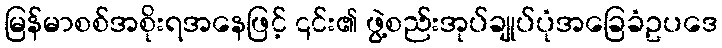
မြန်မာစစ်အစိုးရအနေဖြင့် ၎င်း၏ ဖွဲ့စည်းအုပ်ချုပ်ပုံအခြေခံဥပဒေ